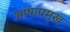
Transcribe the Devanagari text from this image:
भाषाप्रमुख